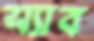
স্যাব